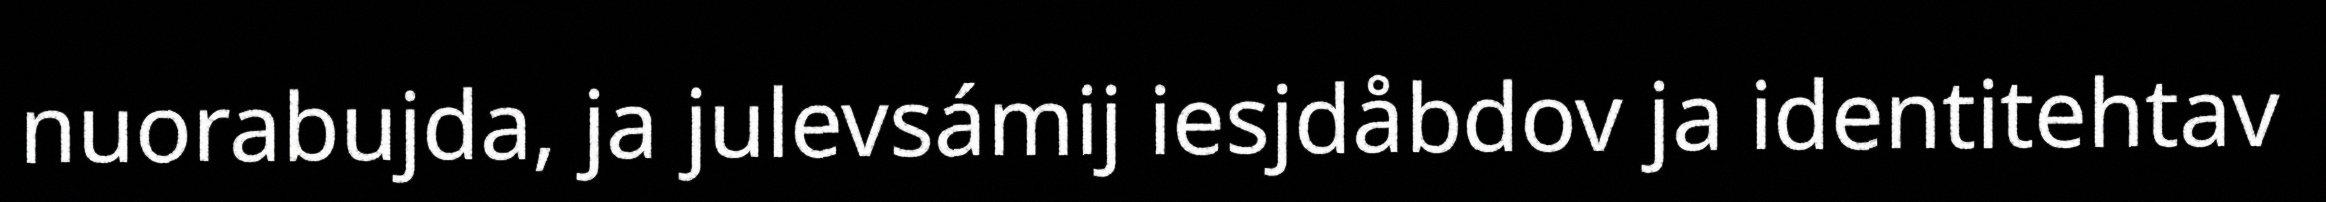
nuorabujda, ja julevsámij iesjdåbdov ja identitehtav